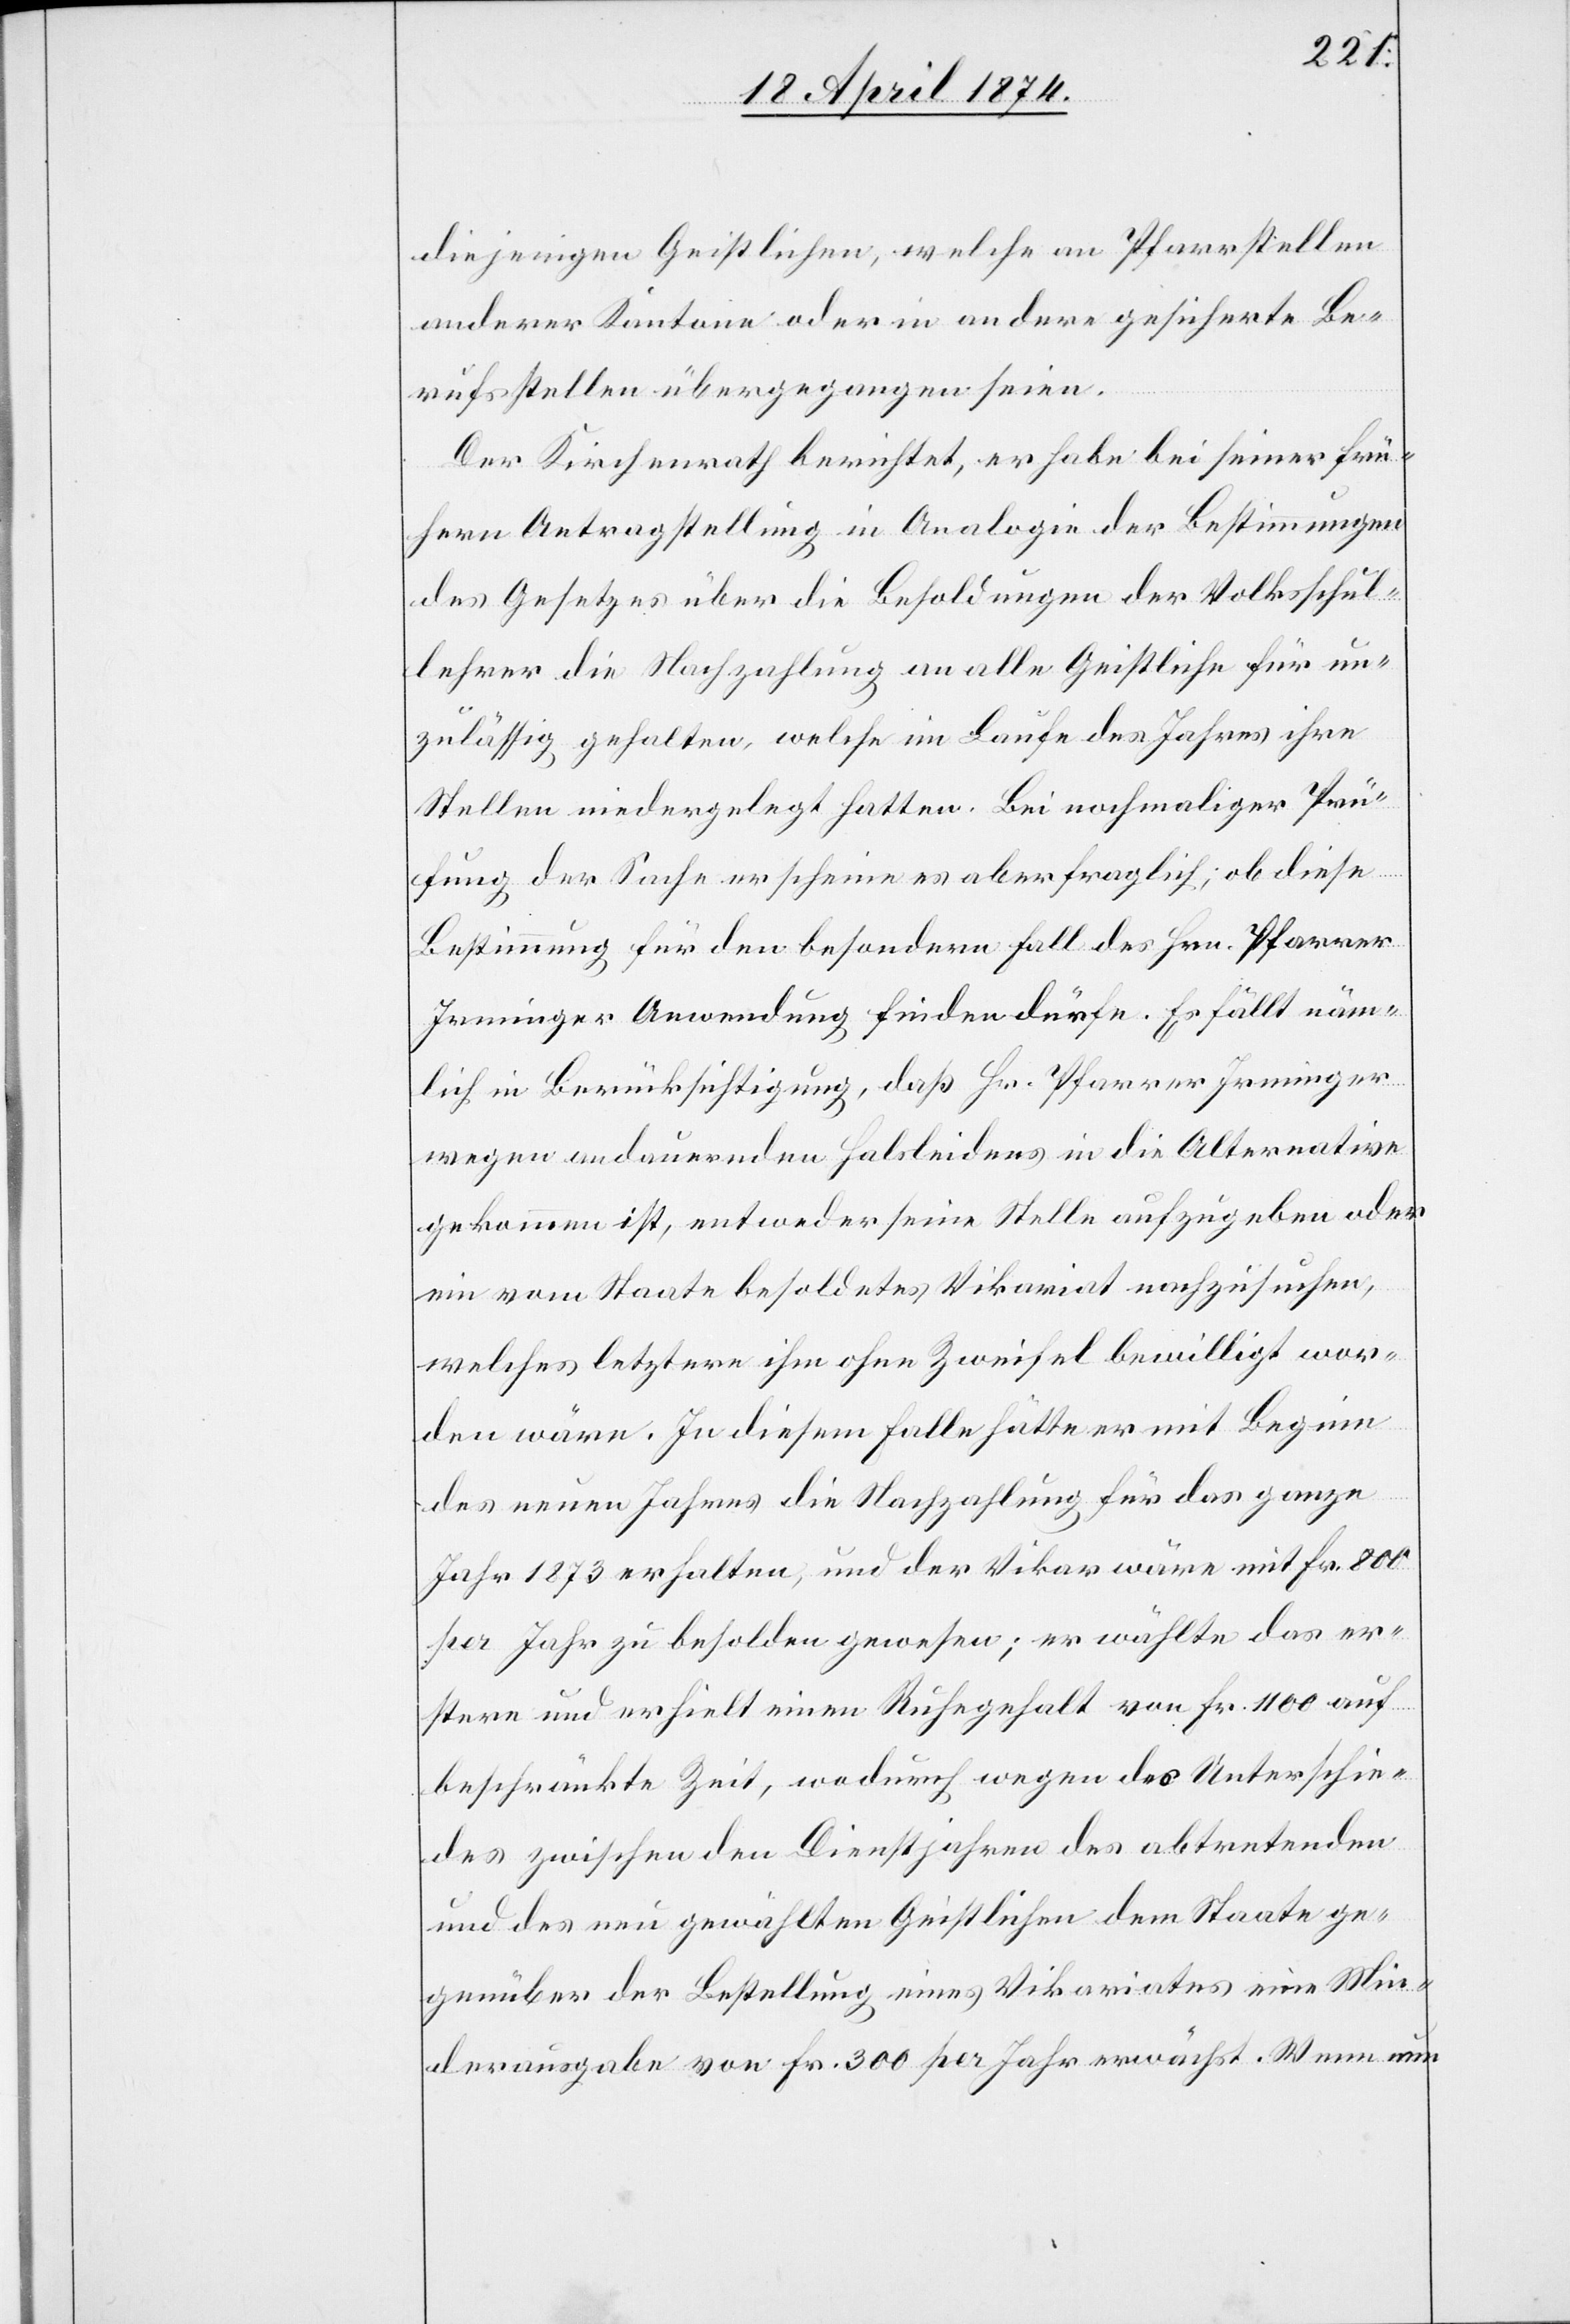
diejenigen Geistlichen, welche an Pfarrstellen
anderer Kantone oder in andere gesicherte Be¬
rufsstellen übergangen seien.
Der Kirchenrath berichtet, er habe bei seiner frü¬
hern Antragstellung in Analogie der Bestimmungen
des Gesetzes über die Besoldungen der Volksschul¬
lehrer die Nachzahlung an alle Geistliche für un¬
zulässig gehalten, welche im Laufe des Jahres ihre
Stellen niedergelegt hatten. Bei nochmaliger Prü¬
fung der Sache erscheine es aber fraglich, ob diese
Bestimmung für den besondern Fall des Hrn. Pfarrer
Irminger Anwendung finden dürfe. Es fällt näm¬
lich in Berücksichtigung, daß Hr. Pfarrer Irminger
wegen andauernden Halsleidens in die Alternative
gekommen ist, entweder seine Stelle aufzugeben oder
ein vom Staate besoldetes Vikariat nachzusuchen,
welches letztere ihm ohne Zweifel bewilligt wor¬
den wäre. In diesem Falle hätte er mit Beginn
des neuen Jahres die Nachzahlung für das ganze
Jahr 1873 erhalten, und der Vikar wäre mit Fr. 800
per Jahr zu besolden gewesen; er wählte das er¬
stere und erhielt einen Ruhegehalt von Fr. 1100 auf
beschränkte Zeit, wodurch wegen des Unterschie¬
des zwischen den Dienstjahren des abtretenden
und des neu gewählten Geistlichen dem Staate ge¬
genüber der Bestellung eines Vikariates eine Min¬
derausgabe von Fr. 300 per Jahr erwächst. Wenn nun